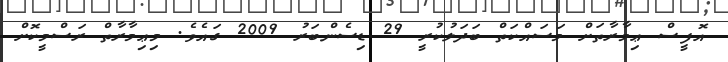
އޮފީސް ޢިމާރާތަށް މަސައްކަތް ބަދަލުކުރީ 29 ޑިސެންބަރު 2009 ގައެވެ. މިޢިމާރާތް ރަސްމީކޮށް